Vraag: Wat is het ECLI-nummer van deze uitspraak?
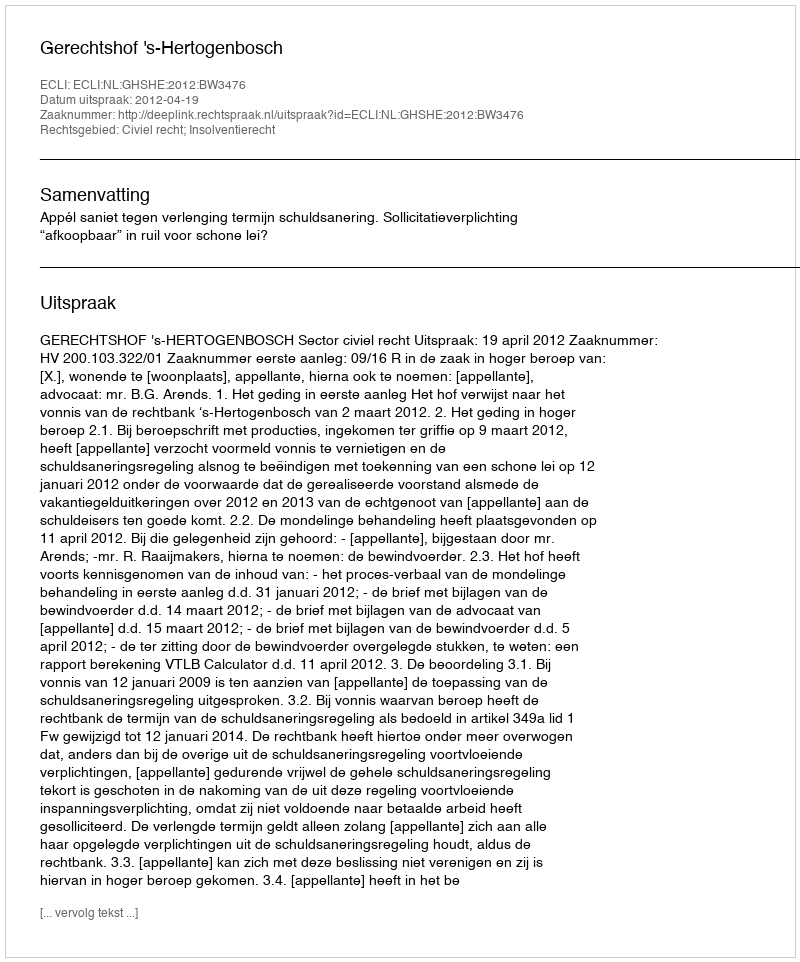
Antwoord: ECLI:NL:GHSHE:2012:BW3476